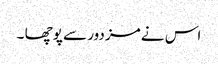
اس نے مزدور سے پوچھا ۔